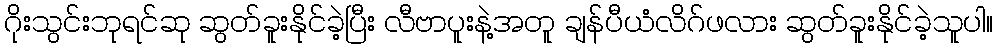
ဂိုးသွင်းဘုရင်ဆု ဆွတ်ခူးနိုင်ခဲ့ပြီး လီဗာပူးနဲ့အတူ ချန်ပီယံလိဂ်ဖလား ဆွတ်ခူးနိုင်ခဲ့သူပါ။